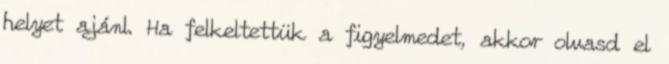
helyet ajánl. Ha felkeltettük a figyelmedet, akkor olvasd el